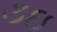
૩ઇ